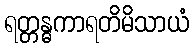
ရတ္တန္ဓကာရတိမိသာယံ